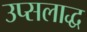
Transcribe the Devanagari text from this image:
उप्सलाद्ध